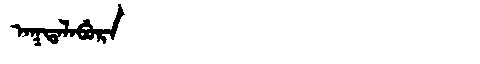
Manchu: ᠠᡴᡨᠠᠯᠠᠪᡠᡵᠠ
Romanization: AKTALABURA